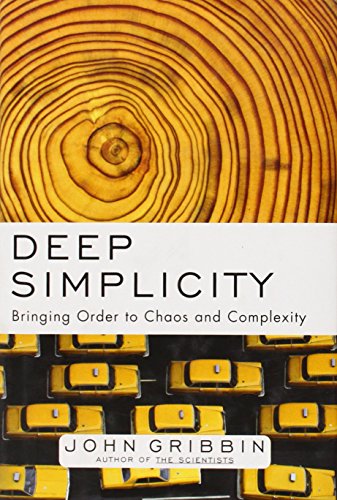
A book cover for Deep Simplicity: Bringing Order to Chaos and Complexity; John Gribbin; Science & Math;